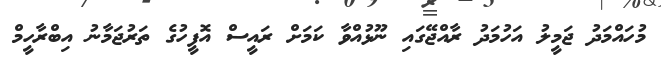
މުހައްމަދު ޖަމީލު އަހުމަދު ރާއްޖޭގައި ނޫޅުއްވާ ކަމަށް ރައީސް އޮފީހުގެ ތަރުޖަމާނު އިބްރާހީމް